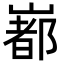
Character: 𡼞